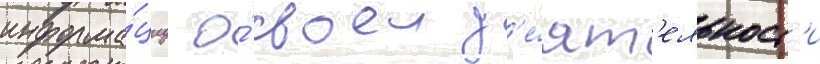
информа́циу о́ своеи д'е́ят'ельност'и